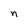
Character: n